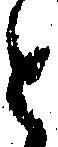
と